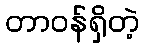
တာဝန်ရှိတဲ့